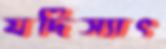
যদিস্যাৎ